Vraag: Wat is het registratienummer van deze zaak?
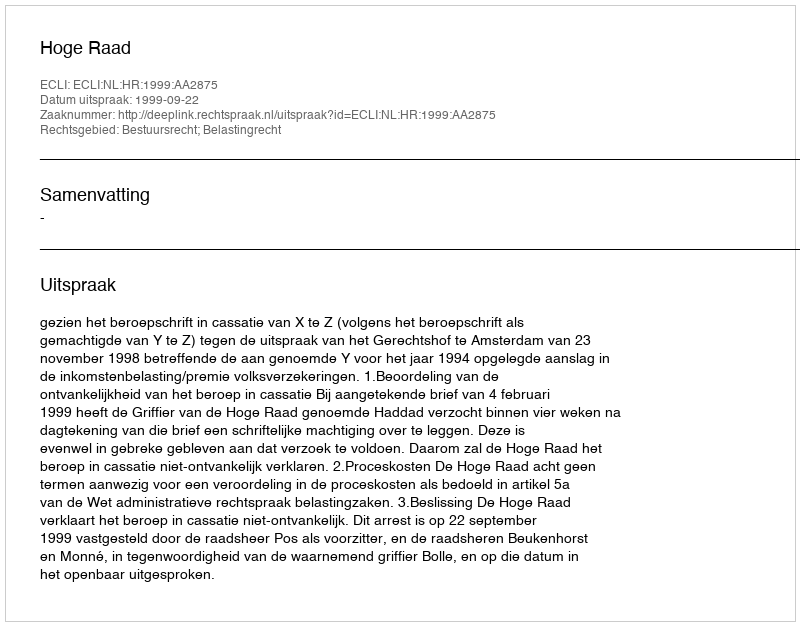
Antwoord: http://deeplink.rechtspraak.nl/uitspraak?id=ECLI:NL:HR:1999:AA2875